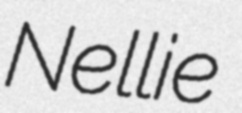
Nellie